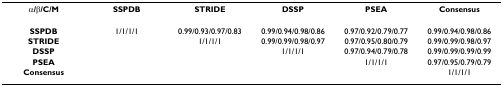
<table><thead><tr><td><b>α/β/C/M</b></td><td><b>SSPDB</b></td><td><b>STRIDE</b></td><td><b>DSSP</b></td><td><b>PSEA</b></td><td><b>Consensus</b></td></tr></thead><tbody><tr><td><b>SSPDB</b></td><td>1/1/1/1</td><td>0.99/0.93/0.97/0.83</td><td>0.99/0.94/0.98/0.86</td><td>0.97/0.92/0.79/0.77</td><td>0.99/0.94/0.98/0.86</td></tr><tr><td><b>STRIDE</b></td><td></td><td>1/1/1/1</td><td>0.99/0.99/0.98/0.97</td><td>0.97/0.95/0.80/0.79</td><td>0.99/0.99/0.98/0.97</td></tr><tr><td><b>DSSP</b></td><td></td><td></td><td>1/1/1/1</td><td>0.97/0.94/0.79/0.78</td><td>0.99/0.99/0.99/0.99</td></tr><tr><td><b>PSEA</b></td><td></td><td></td><td></td><td>1/1/1/1</td><td>0.97/0.95/0.79/0.79</td></tr><tr><td><b>Consensus</b></td><td></td><td></td><td></td><td></td><td>1/1/1/1</td></tr></tbody></table>